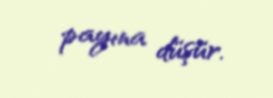
payına düşür.